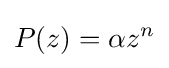
P(z)=\alpha z^{n}